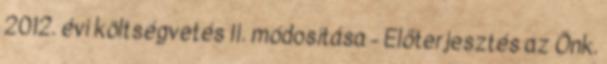
2012. évi költségvetés II. módosítása - Előterjesztés az Önk.